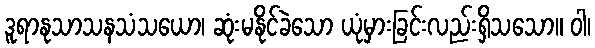
ဒူရာနုသာသနသံသယော၊ ဆုံးမနိုင်ခဲသော ယုံမှားခြင်းလည်းရှိသသော။ ဝါ၊